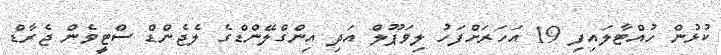
ކުޅުން ހުއްޓާލައިފި 19 އަހަރަށްފަހު ލިވަޕޫލް އަދި އިންގްލޭންޑްގެ ލެޖެންޑް ސްޓީވެން ޖެރާޑް